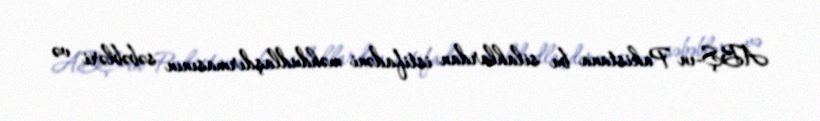
ABŞ-ın Pakistana bu silahlardan istifadəni məhdudlaşdırmasının səbəbləri və